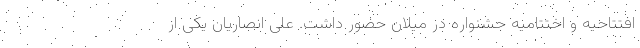
افتتاحیه و اختتامیه جشنواره در میلان حضور داشت. علی انصاریان یکی از